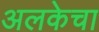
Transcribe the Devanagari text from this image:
अलकेचा